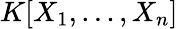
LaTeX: K[X_{1},\ldots,X_{n}]